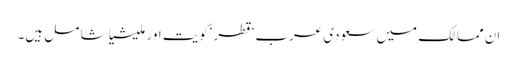
ان مما لک میں سعودی عرب‘قطر‘کویت اور ملیشیا شا مل ہیں۔